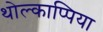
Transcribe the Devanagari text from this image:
थोल्काप्पिया